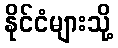
နိုင်ငံများသို့